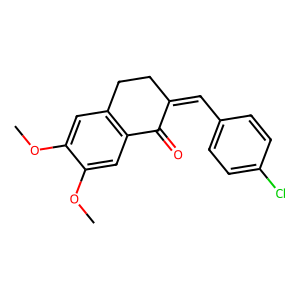
SMILES: COc1cc2c(cc1OC)C(=O)C(=Cc1ccc(Cl)cc1)CC2
Inhibits HIV replication: No